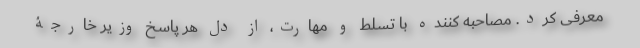
معرفی کرد. مصاحبه کننده با تسلط و مهارت، از دل هر پاسخ وزیر خارجۀ